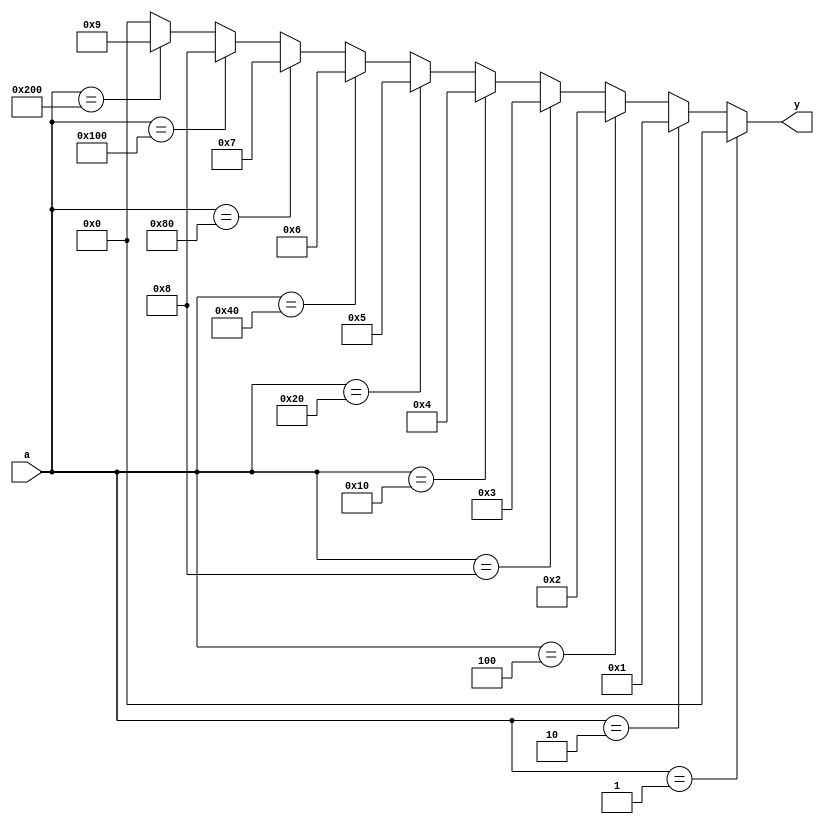
`timescale 1ns / 1ps
//////////////////////////////////////////////////////////////////////////////////
// Company: 
// Engineer: 
// 
// Design Name: 
// Module Name: Decimal_to_bcd_Encoder
// Project Name: 
// Target Devices: 
// Tool Versions: 
// Description: 
// 
// Dependencies: 
// 
// Revision:
// Revision 0.01 - File Created
// Additional Comments:
// 
//////////////////////////////////////////////////////////////////////////////////


module Decimal_to_bcd_Encoder(output reg [3:0]y,input [9:0]a);
always @(*)
begin
if(a == 10'b0000000001)
y = 4'b0000;
else if(a ==10'b0000000010)
y = 4'b0001;
else if(a ==10'b0000000100)
y = 4'b0010;
else if(a ==10'b0000001000)
y = 4'b0011;
else if(a ==10'b0000010000)
y = 4'b0100;
else if(a ==10'b0000100000)
y = 4'b0101;
else if(a ==10'b0001000000)
y = 4'b0110;
else if(a ==10'b0010000000)
y = 4'b0111;
else if(a ==10'b0100000000)
y = 4'b1000;
else if(a ==10'b1000000000)
y = 4'b1001;
else
y = 4'b0000;
end
endmodule